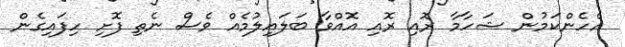
އެހެންކަމުން ޝަހާމާ ރޮއި ރޮއި އޮއްވާ ބަލައިލުމެއް ވެސް ނެތި ފޮށި ހިފައިގެން